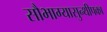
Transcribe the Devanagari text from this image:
सौभाग्यासुन्थीपका